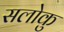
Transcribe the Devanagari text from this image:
सलोकु